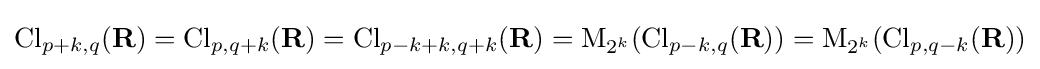
\operatorname {Cl} _{p+k,q}(\mathbf {R} )=\operatorname {Cl} _{p,q+k}(\mathbf {R} )=\operatorname {Cl} _{p-k+k,q+k}(\mathbf {R} )=\mathrm {M} _{2^{k}}(\operatorname {Cl} _{p-k,q}(\mathbf {R} ))=\mathrm {M} _{2^{k}}(\operatorname {Cl} _{p,q-k}(\mathbf {R} ))